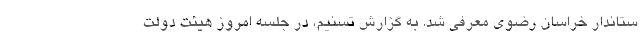
ستاندار خراسان رضوی معرفی شد. به گزارش تسنیم، در جلسه امروز هیئت دولت